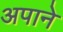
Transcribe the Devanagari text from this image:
अपाने